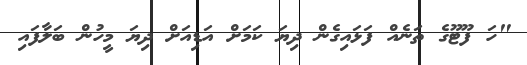
"ހަ ފޫޓޫގެ ތަނެއް ފަޅައިގެން ދިޔަ ކަމަށް އަޑިއަށް ދިޔަ މީހުން ބަލާފައި